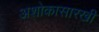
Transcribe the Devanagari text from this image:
अशोकासारखी